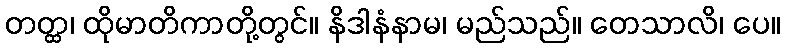
တတ္ထ၊ ထိုမာတိကာတို့တွင်။ နိဒါနံနာမ၊ မည်သည်။ ဝောသာလိ၊ ပေ။